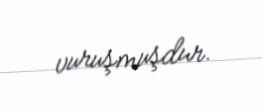
vuruşmuşdur.